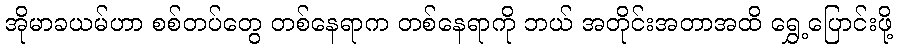
အိုမာခယမ်ဟာ စစ်တပ်တွေ တစ်နေရာက တစ်နေရာကို ဘယ် အတိုင်းအတာအထိ ရွှေ့ပြောင်းဖို့